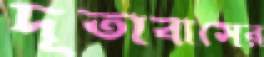
দূতাবাসের